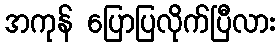
အကုန် ပြောပြလိုက်ပြီလား